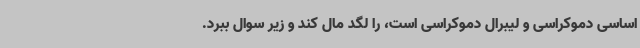
اساسی دموکراسی و لیبرال دموکراسی است، را لگد مال کند و زیر سوال ببرد.